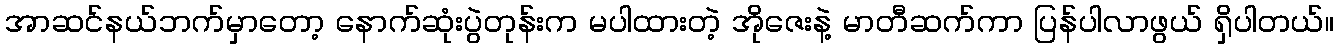
အာဆင်နယ်ဘက်မှာတော့ နောက်ဆုံးပွဲတုန်းက မပါထားတဲ့ အိုဇေးနဲ့ မာတီဆက်ကာ ပြန်ပါလာဖွယ် ရှိပါတယ်။